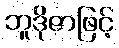
ဘူဒိုဇာဖြင့်